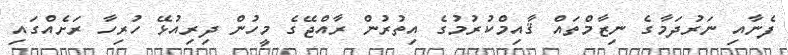
ފެނާއި ނަރުދަމާގެ ނިޒާމްތައް ޤާއިމްކުރުމުގެ އިތުރުން ރާއްޖޭގެ މީހުން ދިރިއުޅޭ ހުރިހާ ރަށެއްގައި